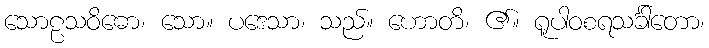
သောဠသဝိဓော၊ သော။ ပဒေသာ၊ သည်။ ဟောတိ၊ ၏။ ရူပါဝစရသင်္ခါတော၊